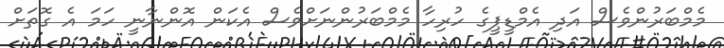
މެމްބަރުންވެސް އަދި އެމްޑީޕީގެ ހުރިހާ މެމްބަރުންނަށްވެސް އެކަން އޮންނާނީ ހަމަ އެ ގޮތަށް